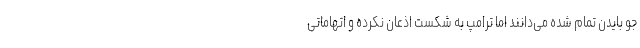
جو بایدن تمام شده می‌دانند اما ترامپ به شکست اذعان نکرده و اتهاماتی